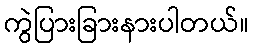
ကွဲပြားခြားနားပါတယ်။